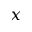
x